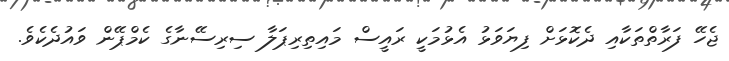
ޖެހޭ ފަރާތްތަކާއި ދެކޮޅަށް ފިޔަވަޅު އެޅުމަކީ ރައީސް މައިތިރިޕަލާ ސިރިސޭނާގެ ކެމްޕޭން ވައުދެކެވެ.